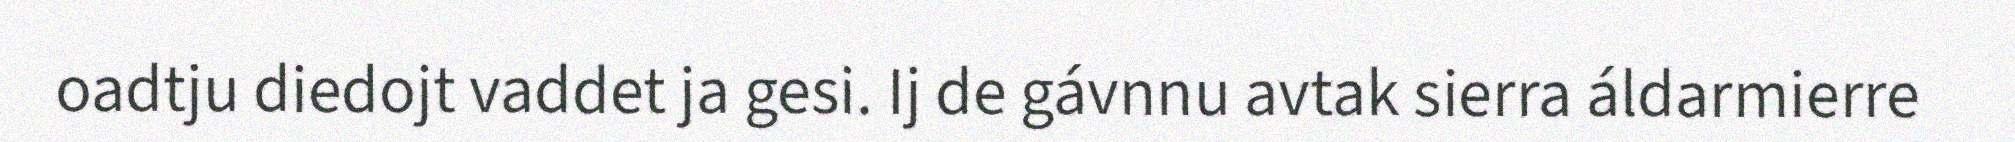
oadtju diedojt vaddet ja gesi. Ij de gávnnu avtak sierra áldarmierre